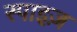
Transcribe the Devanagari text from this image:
स्पाइज़